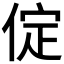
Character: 𠉵